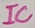
Text: IC